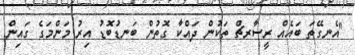
"އެނގޭތަ ބައެއް ރީސާރޗް ތަކުން ދައްކާ ގޮތުން ބަނޑުބޮޑު އިރު މަންމަގެ ގައިން